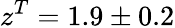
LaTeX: z^{T}=1.9\pm 0.2